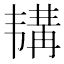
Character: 𫖕